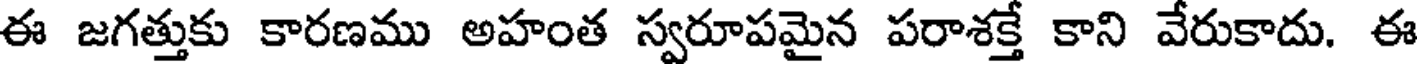
ఈ జగత్తుకు కారణము అహంత స్వరూపమైన పరాశక్తే కాని వేరుకాదు. ఈ